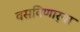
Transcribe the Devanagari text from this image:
वसविणार्‍या